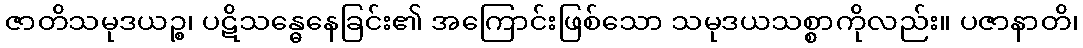
ဇာတိသမုဒယဉ္စ၊ ပဋိသန္ဓေနေခြင်း၏ အကြောင်းဖြစ်သော သမုဒယသစ္စာကိုလည်း။ ပဇာနာတိ၊